Annual report of the Punjab Veterinary College and of the Civil Veterinary Department, Punjab - 1926-1932
Year: 1926
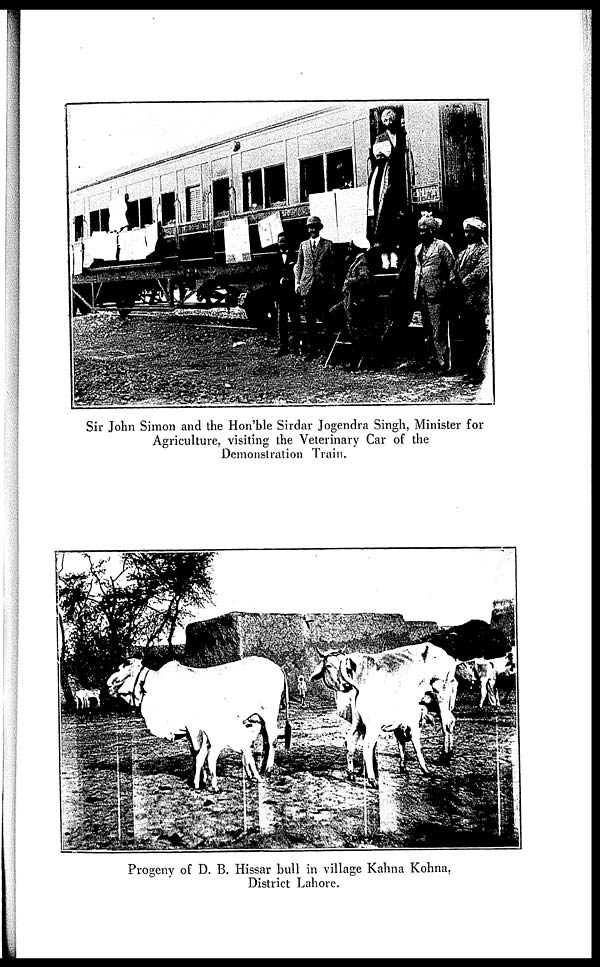
Sir John Simon and the Hon'ble Sirdar Jogendra Singh, Minister for
Agriculture, visiting the Veterinary Car of the
Demonstration Train.
Progeny of D. B. Hissar bull in village Kahna Kohna,
District Lahore.